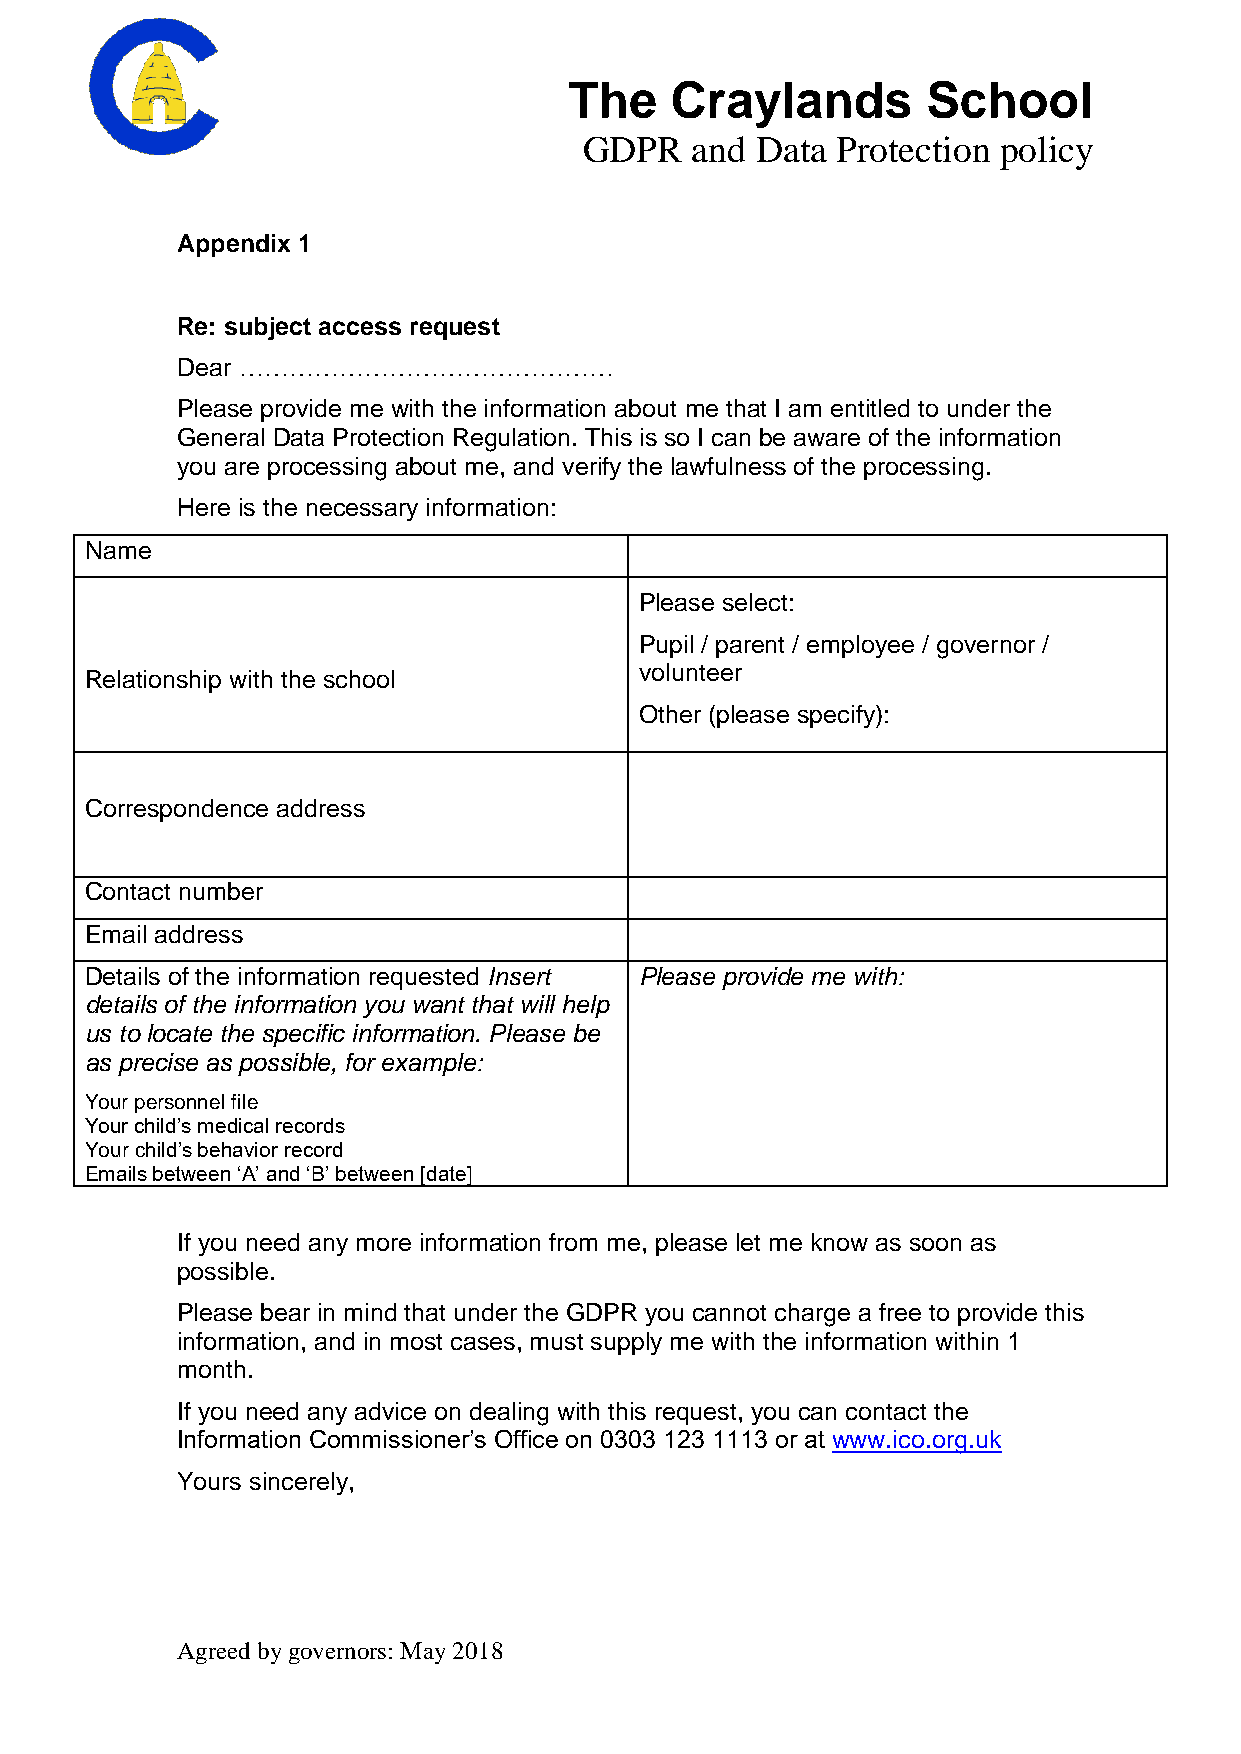
The   Craylands        School
 GDPR   and Data Protection policy
 Appendix 1
 Re: subject access request
 Dear ………………………………………
 Please provide me with the information about me that I am entitled to under the
 General Data Protection Regulation. This is so I can be aware of the information
 you are processing about me, and verify the lawfulness of the processing.
 Here is the necessary information:
 Name
 Please select:
 Pupil / parent / employee / governor /
 Relationship with the school        volunteer
 Other (please specify):
 Correspondence address
 Contact number
 Email address
 Details of the information requested Insert Please provide me with:
 details of the information you want that will help
 us to locate the specific information. Please be
 as precise as possible, for example:
 Your personnel file
 Your child’s medical records
 Your child’s behavior record
 Emails between ‘A’ and ‘B’ between [date]
 If you need any more information from me, please let me know as soon as
 possible.
 Please bear in mind that under the GDPR you cannot charge a free to provide this
 information, and in most cases, must supply me with the information within 1
 month.
 If you need any advice on dealing with this request, you can contact the
 Information Commissioner’s Office on 0303 123 1113 or at www.ico.org.uk
 Yours sincerely,
 Agreed by governors: May 2018